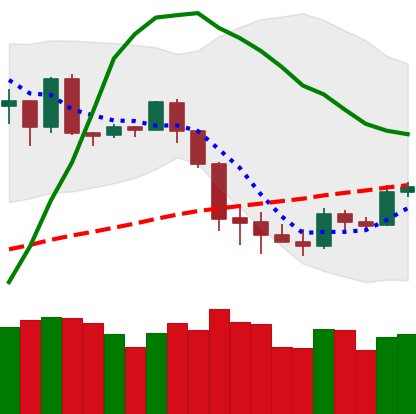
Ticker: BTC-USD
Chart end date: 2020-03-06
Forward return: -13.276%
Label: down_7plus